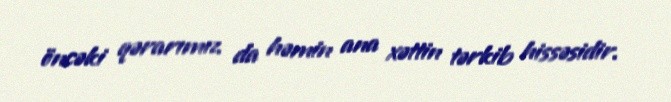
öncəki qərarımız da həmin ana xəttin tərkib hissəsidir.